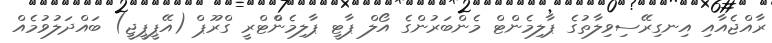
ރާއްޖެއާއި އިނގިރޭސިވިލާތުގެ ޕާލިމެންޓް މެންބަރުންގެ އޯލް ޕާޓީ ޕާލިމެންްޓްރީ ގްރޫޕް (އޭޕީޕީޖީ) ބައްދަލުވުމެއް